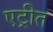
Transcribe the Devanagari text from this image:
एट्रीत